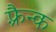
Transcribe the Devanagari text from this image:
फ़्रैन्क